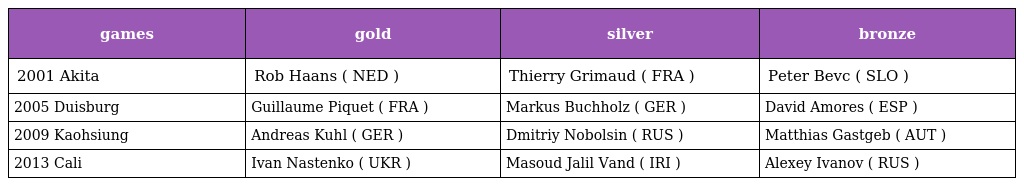
| games | gold | silver | bronze |
 | --- | --- | --- | --- |
 | 2001 Akita | Rob Haans ( NED ) | Thierry Grimaud ( FRA ) | Peter Bevc ( SLO ) |
 | 2005 Duisburg | Guillaume Piquet ( FRA ) | Markus Buchholz ( GER ) | David Amores ( ESP ) |
 | 2009 Kaohsiung | Andreas Kuhl ( GER ) | Dmitriy Nobolsin ( RUS ) | Matthias Gastgeb ( AUT ) |
 | 2013 Cali | Ivan Nastenko ( UKR ) | Masoud Jalil Vand ( IRI ) | Alexey Ivanov ( RUS ) |